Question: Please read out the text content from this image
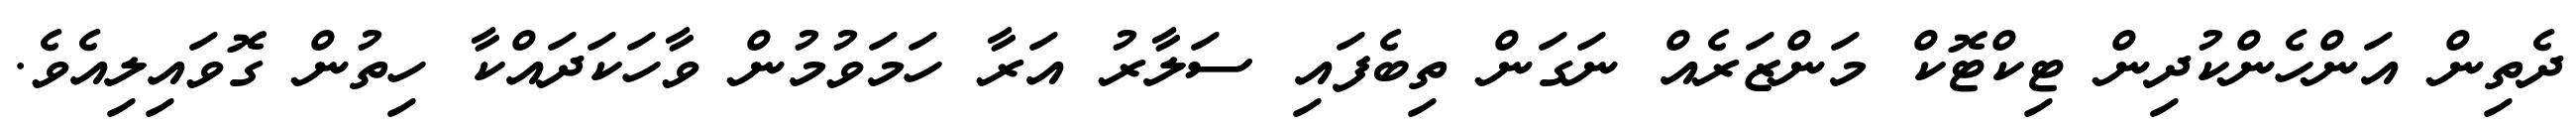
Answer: ދެތިން އަންހެންކުދިން ޓިކްޓޮކް މަންޒަރެއް ނަގަން ތިބެފައި ސަލާރު އަރާ ހަމަވުމުން ވާހަކަދައްކާ ހިތުން ގޮވައިލިއެވެ.